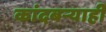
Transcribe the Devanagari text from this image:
कांदबऱ्याही